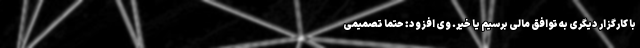
با کارگزار دیگری به توافق مالی برسیم یا خیر. وی افزود: حتما تصمیمی